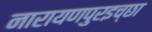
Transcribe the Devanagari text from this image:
नारायणपुरइच्छा